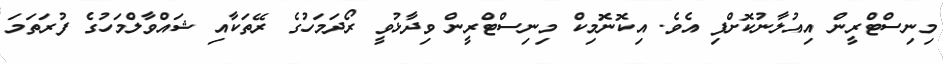
މިނިސްޓްރީން އިއުލާނުކޮށްފި އެވެ. އިކޮނޮމިކް މިނިސްޓްރީން ވިދާޅުވީ ރޯދަމަހުގެ ރޭތަކާއި ޝައްވާލްމަހުގެ ފުރަތަމަ